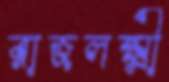
রাজলক্ষ্মী